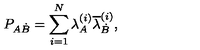
P _ { A \dot { B } } = \sum _ { i = 1 } ^ { N } \lambda _ { A } ^ { ( i ) } \overline { { \lambda } } _ { \dot { B } } ^ { ( i ) } ,